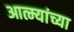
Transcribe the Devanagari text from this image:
आत्म्यांच्या